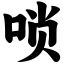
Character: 唢